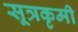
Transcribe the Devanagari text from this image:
सूत्रकृमी